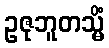
ဥဇုဘူတသ္မိံ